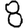
Digit: 8